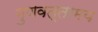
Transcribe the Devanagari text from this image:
गुणवत्तामय